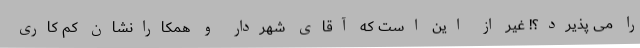
را می پذیرد؟! غیر از این است که آقای شهردار و همکارانشان کم کاری